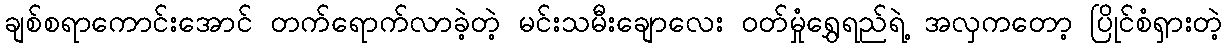
ချစ်စရာကောင်းအောင် တက်ရောက်လာခဲ့တဲ့ မင်းသမီးချောလေး ဝတ်မှုံရွှေရည်ရဲ့ အလှကတော့ ပြိုင်စံရှားတဲ့